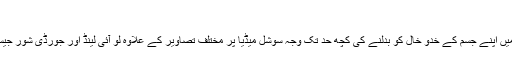
‘
ان کا کہنا ہے کہ مردوں میں اپنے جسم کے خدو خال کو بدلنے کی کچھ حد تک وجہ سوشل میڈیا پر مختلف تصاویر کے علاوہ لو آئی لینڈ اور جورڈی شور جیسے ٹی وی پروگرامز ہیں۔